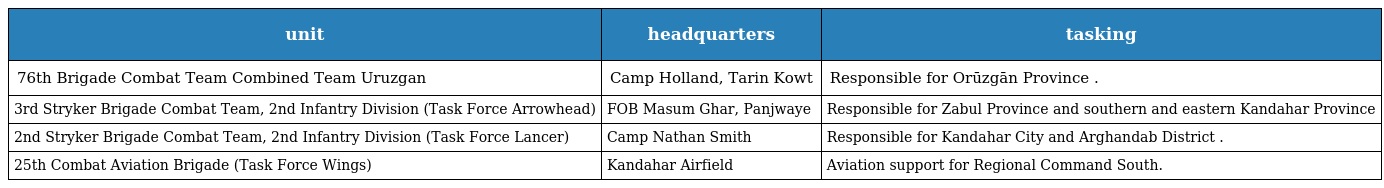
| unit | headquarters | tasking |
 | --- | --- | --- |
 | 76th Brigade Combat Team Combined Team Uruzgan | Camp Holland, Tarin Kowt | Responsible for Orūzgān Province . |
 | 3rd Stryker Brigade Combat Team, 2nd Infantry Division (Task Force Arrowhead) | FOB Masum Ghar, Panjwaye | Responsible for Zabul Province and southern and eastern Kandahar Province |
 | 2nd Stryker Brigade Combat Team, 2nd Infantry Division (Task Force Lancer) | Camp Nathan Smith | Responsible for Kandahar City and Arghandab District . |
 | 25th Combat Aviation Brigade (Task Force Wings) | Kandahar Airfield | Aviation support for Regional Command South. |